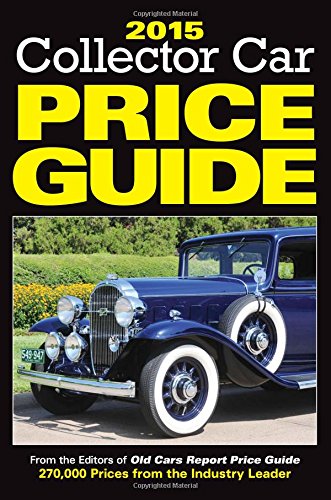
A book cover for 2015 Collector Car Price Guide; Editors of Old Cars Report Price Guide; Engineering & Transportation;